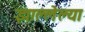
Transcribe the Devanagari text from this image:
झाल्लेल्या